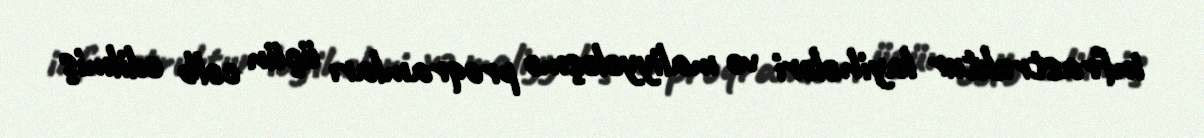
infrastruktur layihələri və maliyyələşmə proqramları üçün cəlb edilmiş